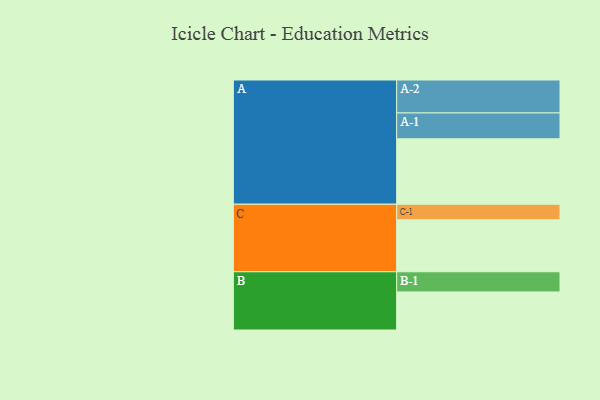
{"axis": {"x": "Segment", "y": "Value"}, "legend": ["", "A", "B", "C"], "data": [{"x": "A", "y": 564, "type": ""}, {"x": "B", "y": 328, "type": ""}, {"x": "C", "y": 448, "type": ""}, {"x": "A-1", "y": 223, "type": "A"}, {"x": "A-2", "y": 284, "type": "A"}, {"x": "B-1", "y": 174, "type": "B"}, {"x": "C-1", "y": 134, "type": "C"}]}